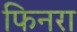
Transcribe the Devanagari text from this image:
फिनरा